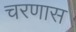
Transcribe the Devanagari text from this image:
चरणास